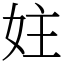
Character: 妵